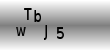
Text: wTbj5